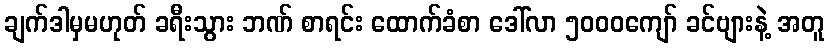
ချက်ဒါမှမဟုတ် ခရီးသွား ဘဏ် စာရင်း ထောက်ခံစာ ဒေါ်လာ ၅၀၀၀ကျော် ခင်ဗျားနဲ့ အတူ